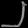
Digit: ၂